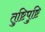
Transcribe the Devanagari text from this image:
तुष्टिपुष्टि